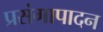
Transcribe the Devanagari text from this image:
प्रसंगापादन